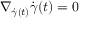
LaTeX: \nabla _ { { \dot { \gamma } } ( t ) } { \dot { \gamma } } ( t ) = 0